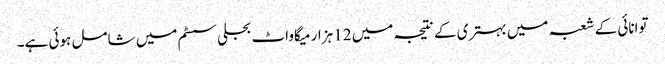
توانائی کے شعبہ میں بہتری کے نتیجہ میں 12 ہزار میگاواٹ بجلی سسٹم میں شامل ہوئی ہے۔